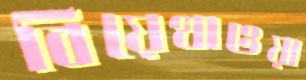
বিয়েথাওয়া